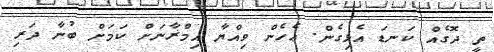
ތީ ދޮގެއް ކަނޑަ އެޅިގެން. ޢެހެން ވިއްޔާ އިމްޜާނަށް ކަމަށް ބުނާ ދަރި